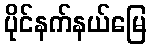
ပိုင်နက်နယ်မြေ